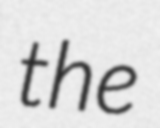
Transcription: the